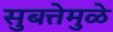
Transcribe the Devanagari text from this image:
सुबत्तेमुळे